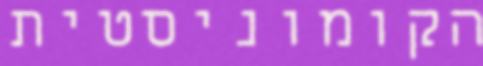
הקומוניסטית